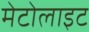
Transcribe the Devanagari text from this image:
मेटोलाइट